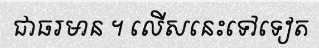
ជាធរមាន ។ លើសនេះទៅទៀត